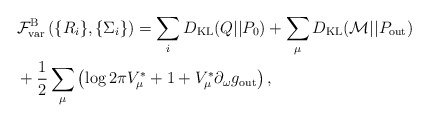
\begin{align*}& {\cal F}^{\rm B}_{\rm var} \left(\{R_{i}\},\{\Sigma_{i}\}\right)= \sum_{i} D_{\rm KL} (Q||P_0) +\sum_{\mu} D_{\rm KL}( {\cal M}|| P_{\rm out} ) \\&+ \frac 12 \sum_{\mu}\left( \log{2\pi V_\mu^*}+1+V_\mu^*\partial_{\omega} g_{\rm out} \right) , \end{align*}